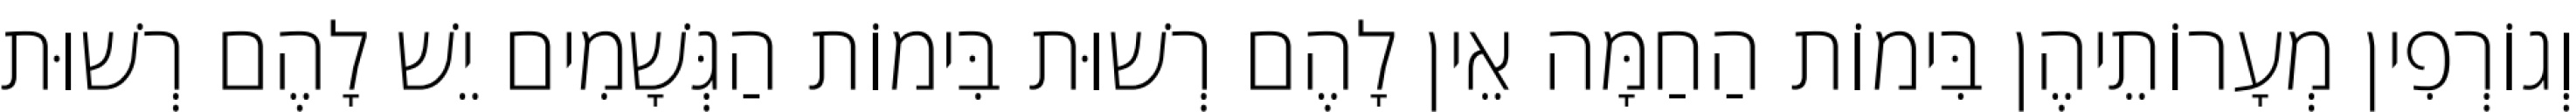
וְגוֹרְפִין מְעָרוֹתֵיהֶן בִּימוֹת הַחַמָּה אֵין לָהֶם רְשׁוּת בִּימוֹת הַגְּשָׁמִים יֵשׁ לָהֶם רְשׁוּת